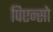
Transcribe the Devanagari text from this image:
पिएन्सो